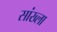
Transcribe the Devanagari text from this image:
सांख्ला